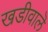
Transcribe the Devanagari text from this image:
खडीवालॆ